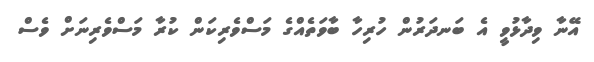
އޭނާ ވިދާޅުވީ އެ ބަނދަރުން ހުރިހާ ބާވަތެއްގެ މަސްވެރިކަން ކުރާ މަސްވެރިނަށް ވެސް